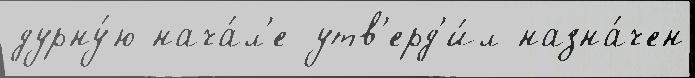
дурну́ю нача́л'е утв'ерд'и́л назна́чен